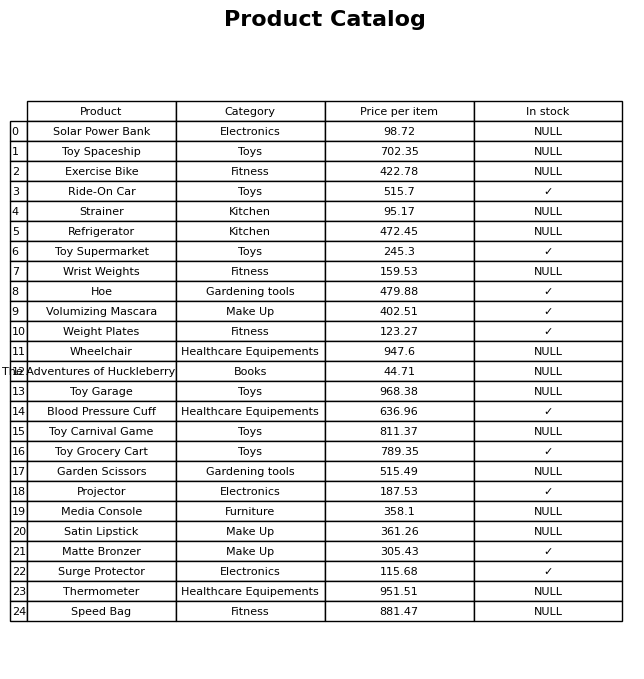
question: What is the stock status of the Satin Lipstick?
answer: NULL